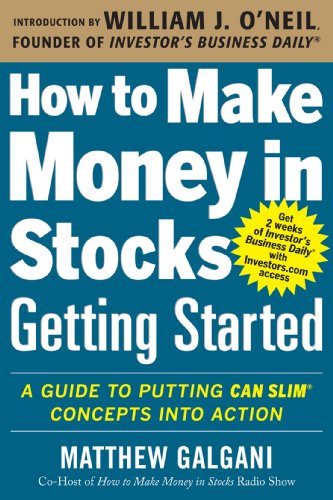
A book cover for How to Make Money in Stocks Getting Started: A Guide to Putting CAN SLIM Concepts into Action; Matthew Galgani; Business & Money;